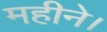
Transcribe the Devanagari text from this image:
महीने।